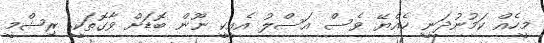
މީހެއް ކަމުނުދަނީ ހެއްޔޭ ވެސް އަސްލު އެއީކީ ނޫން ބޮޑަށް ވާގޮތަކީ. ރިޝްމީ